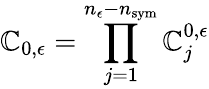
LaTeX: \mathbb{C}_{0,\epsilon}=\prod_{j=1}^{n_{\epsilon}-n_{\mathrm{{sym}}}}\mathbb{C}_{j}^{0,\epsilon}